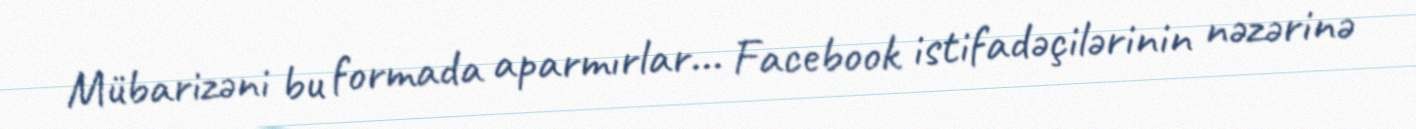
Mübarizəni bu formada aparmırlar... Facebook istifadəçilərinin nəzərinə